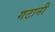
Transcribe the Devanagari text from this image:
गटानी